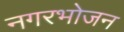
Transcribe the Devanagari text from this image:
नगरभोजन